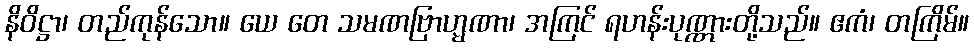
နိဝိဋ္ဌာ၊ တည်ကုန်သော။ ယေ တေ သမဏဗြာဟ္မဏာ၊ အကြင် ရဟန်းပုဏ္ဏားတို့သည်။ ဧကံ၊ တကြိမ်။